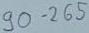
Text: 90-265